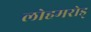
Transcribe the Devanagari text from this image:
लोहमरोड्